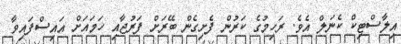
އިލާސްޓިކް ކެނަލް އެވެ. ރަހިމުގެ ކަރުން ފެށިގެން ބޭރަށް ފަރުޖާއި ހަމައަށް އައިސްފައިވާ